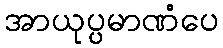
အာယုပ္ပမာဏံပေ